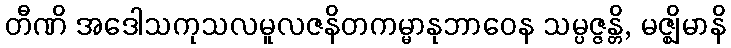
တီဏိ အဒေါသကုသလမူလဇနိတကမ္မာနုဘာဝေန သမ္ပဇ္ဇန္တိ, မဇ္ဈိမာနိ